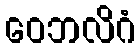
ဝေဘလိဂံ